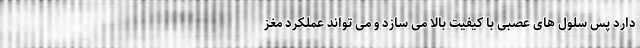
دارد پس سلول های عصبی با کیفیت بالا می سازد و می تواند عملکرد مغز